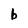
Character: b